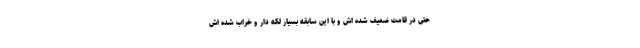
حتی در قامت ضعیف شده اش و با این سابقه بسیار لکه دار و خراب شده اش